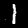
Label: 1